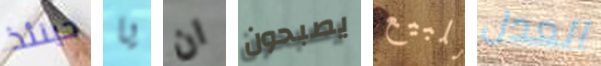
حينئذ يا ان يصبحون للبيع العدل